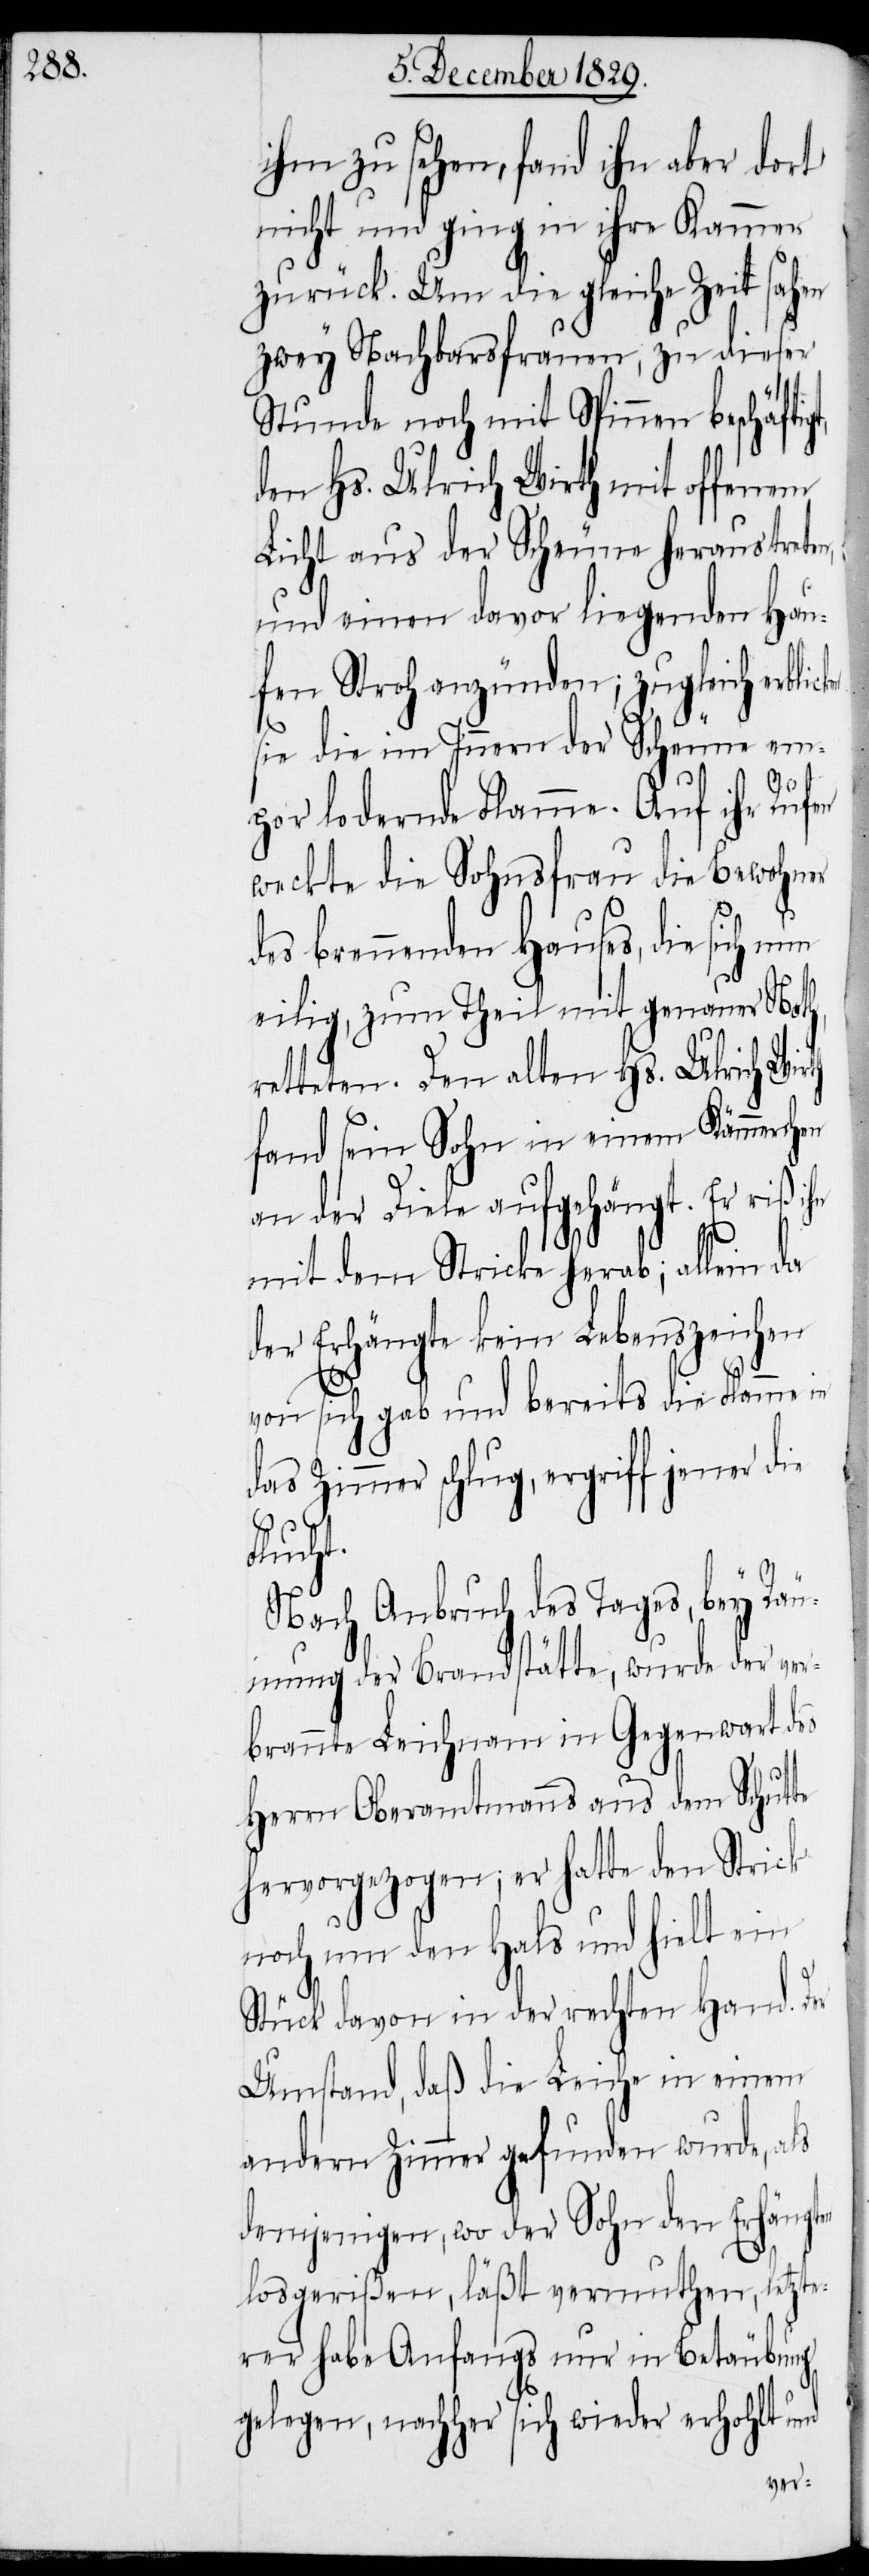
ihm zu sehen, fand ihn aber dort
nicht und ging in ihre Kammer
zurück. Um die gleiche Zeit sahen
zwey Nachbarsfrauen, zu dieser
Stunde noch mit Spinnen beschäfti¬
den Hs. Ulrich Wirth mit offenem
Licht aus der Scheune heraustreten,
und einen davor liegenden Hau¬
fen Stroh anzünden; zugleich erblic¬
sie die im Innern der Scheune em¬
th
por lodernde Flamme. Auf ihr Rufen
weckte die Sohnsfrau die Bewohner
des brennenden Hauses, die sich
eilig, zum Theil mit genauer Noth,
retteten. Den alten Hs. Ulrich Wir¬
fand sein Sohn in einem Kämmerchen
an der Diele aufgehängt. Er riß ihn
mit dem Stricke herab, allein da
der Erhängte kein Lebenszeichen
von sich gab und bereits die Flamme in
das Zimmer schlug, ergriff jener die
Flucht.
Nach Anbruch des Tages, bey Räu¬
mung der Brandstätte, wurde der ver¬
brannte Leichnam in Gegenwart des
Herrn Oberamtmanns aus dem Schutte
hervorgezogen; er hatte den Strick
noch um den Hals und hielt ein
Stück davon in der rechten Hand. Der
Umstand, daß die Leiche in einem
andern Zimmer gefunden wurde, als
demjenigen, wo der Sohn den Erhängten
losgerißen, läßt vermuthen, letzte¬
rer habe Anfangs nur in Betäubung
gelegen, nachher sich wieder erhohlt und
ken